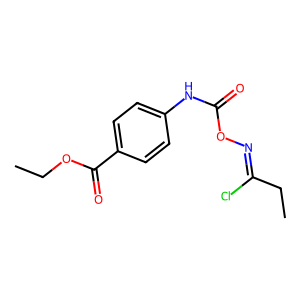
SMILES: CCOC(=O)c1ccc(NC(=O)ON=C(Cl)CC)cc1
Inhibits HIV replication: No